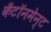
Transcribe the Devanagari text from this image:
कँटॉनमेन्ट